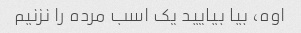
اوه، بیا بیایید یک اسب مرده را نزنیم